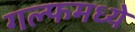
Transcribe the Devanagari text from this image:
गल्फमध्ये